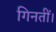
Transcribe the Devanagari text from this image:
गिनतीं।